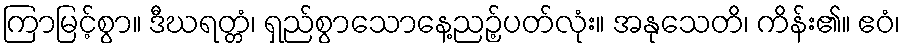
ကြာမြင့်စွာ။ ဒီဃရတ္တံ၊ ရှည်စွာသောနေ့ညဉ့်ပတ်လုံး။ အနုသေတိ၊ ကိန်း၏။ ဧဝံ၊